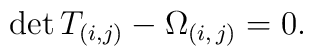
\mathrm{det}\,T_{(i,j)}-\Omega_{(i,\,j)}=0.